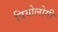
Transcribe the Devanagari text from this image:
त्रियोलोगी